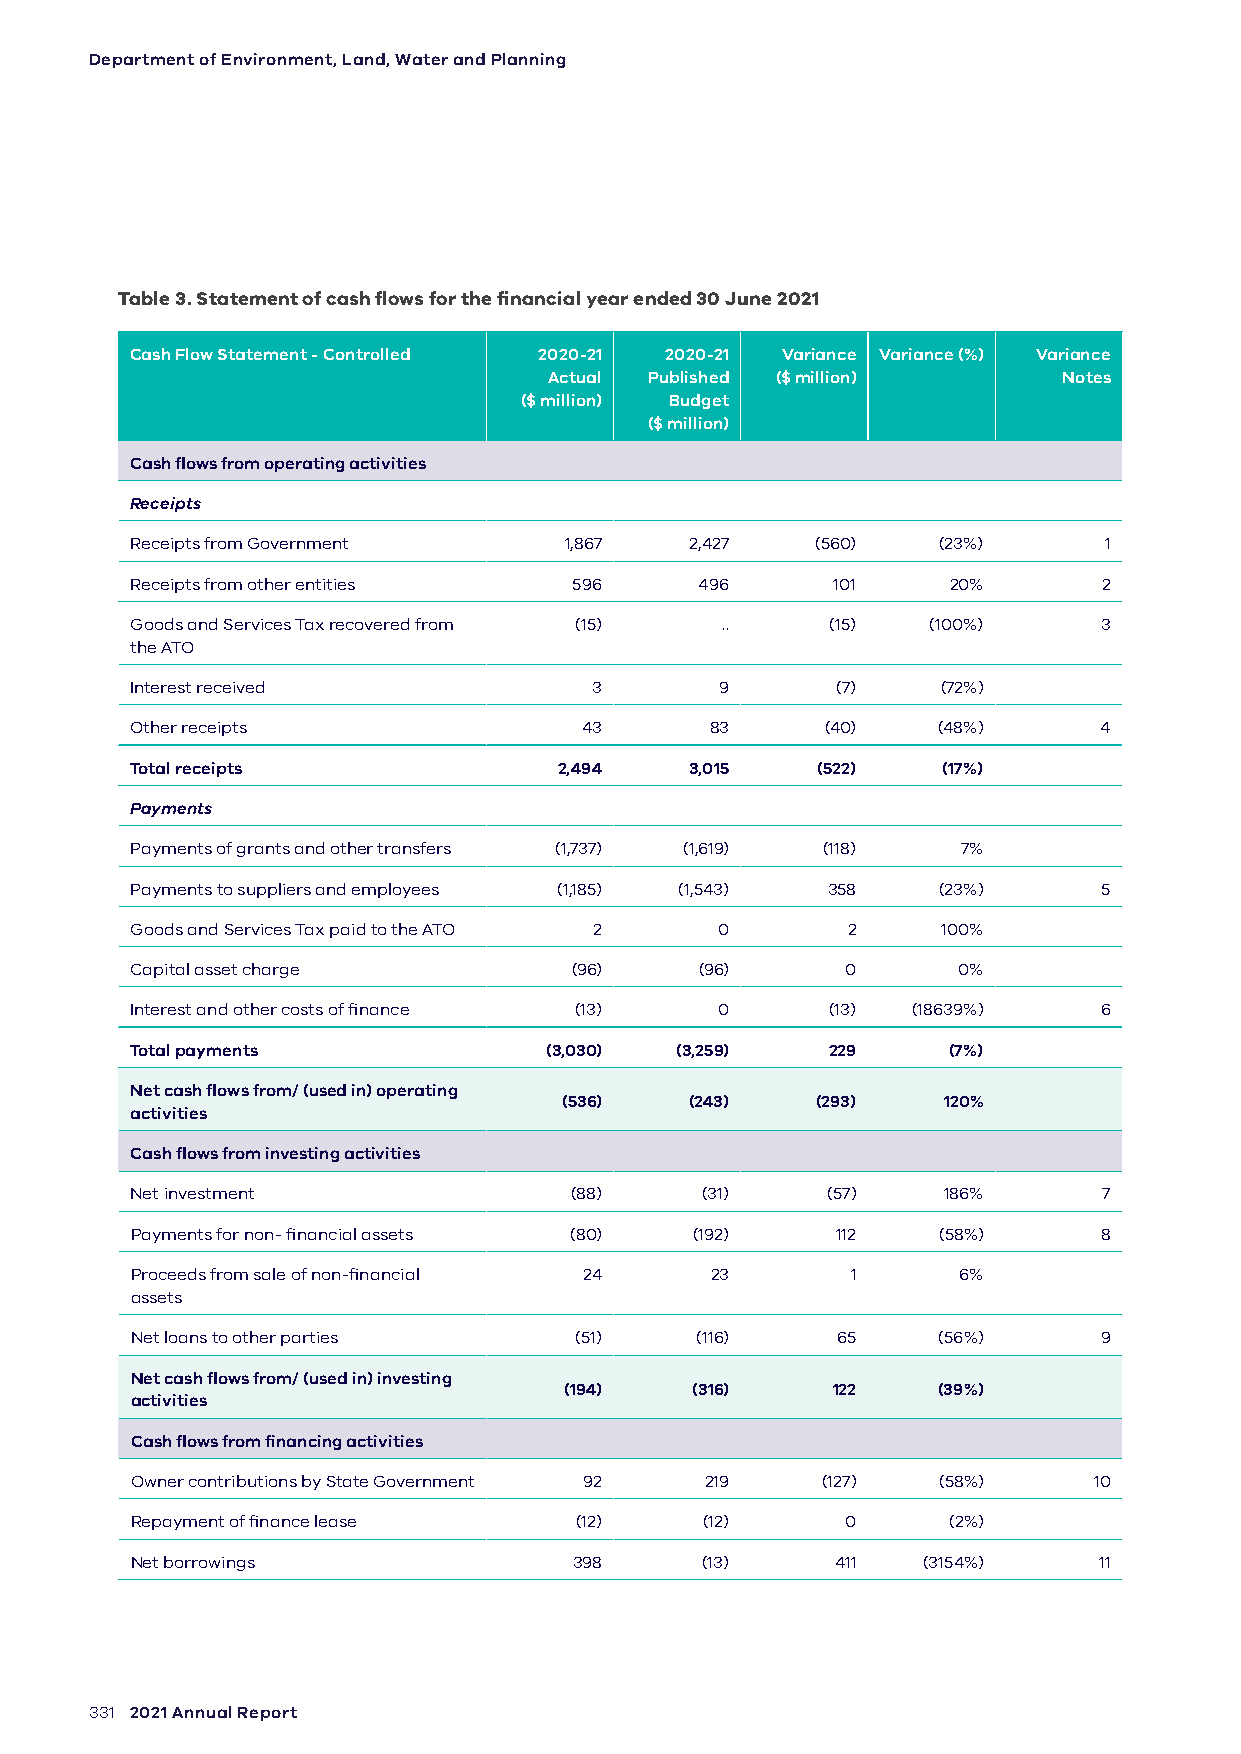
Department of Environment, Land, Water and Planning
 Table 3. Statement of cash flows for the financial year ended 30 June 2021
 Cash Flow Statement - Controlled 2020-21 2020-21 Variance Variance (%) Variance
 Actual Published ($ million)      Notes
 ($ million) Budget
 ($ million)
 Cash flows from operating activities
 Receipts
 Receipts from Government    1,867    2,427   (560)   (23%)      1
 Receipts from other entities 596     496      101     20%       2
 Goods and Services Tax recovered from (15) .. (15)  (100%)      3
 the ATO
 Interest received             3        9      (7)    (72%)
 Other receipts               43       83      (40)   (48%)      4
 Total receipts              2,494    3,015   (522)   (17%)
 Payments
 Payments of grants and other transfers (1,737) (1,619) (118) 7%
 Payments to suppliers and employees (1,185) (1,543) 358 (23%)   5
 Goods and Services Tax paid to the ATO 2 0     2     100%
 Capital asset charge         (96)    (96)      0      0%
 Interest and other costs of finance (13) 0    (13) (18639%)     6
 Total payments             (3,030)  (3,259)   229     (7%)
 Net cash flows from/ (used in) operating
 (536)    (243)   (293)   120%
 activities
 Cash flows from investing activities
 Net investment               (88)    (31)     (57)   186%       7
 Payments for non- financial assets (80) (192) 112    (58%)      8
 Proceeds from sale of non-financial 24 23      1      6%
 assets
 Net loans to other parties   (51)    (116)    65     (56%)      9
 Net cash flows from/ (used in) investing
 (194)    (316)    122    (39%)
 activities
 Cash flows from financing activities
 Owner contributions by State Government 92 219 (127) (58%)     10
 Repayment of finance lease   (12)     (12)     0      (2%)
 Net borrowings               398     (13)     411   (3154%)     11
 331 2021 Annual Report